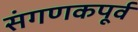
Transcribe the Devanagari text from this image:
संगणकपूर्व